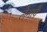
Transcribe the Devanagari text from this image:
लेनापे